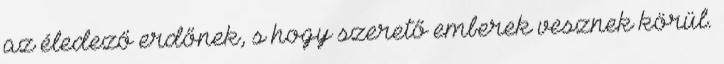
az éledező erdőnek, s hogy szerető emberek vesznek körül.